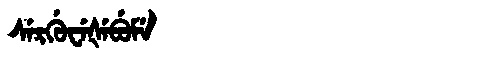
Manchu: ᠰᡝᡵᡤᡠᠸᡝᡧᡝᠪᡠᠮᡝ
Romanization: SERGUWEŠEBUME